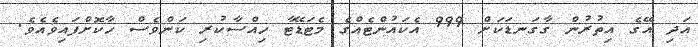
އަދި އޭގެ އިތުރުން ގާގަނޑަކަށް 999 އެކައުންޓެއްގެ މެޓަޑޭޓާ ހިއްސާކުރި ކަންވެސް ހާކޮށްފައިވެއެވެ.